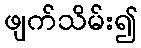
ဖျက်သိမ်း၍